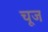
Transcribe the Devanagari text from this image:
चूज